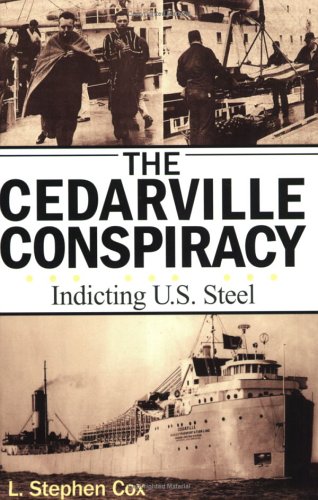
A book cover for The Cedarville Conspiracy: Indicting U.S. Steel; L. Stephen Cox; Law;